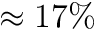
\approx 1 7 \%